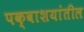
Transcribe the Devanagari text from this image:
पक्वाशयांतील